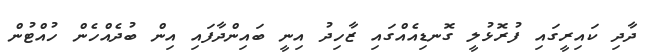
ދާދި ކައިރީގައި ފުރޮޅުލީ ގޮނޑިއެއްގައި ޒާހިދު އިނީ ބައިންދާފައި އިން ބުދެއްހެން ހުއްޓުން